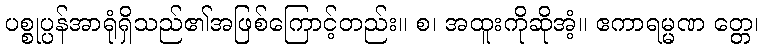
ပစ္စုပ္ပန်အာရုံရှိသည်၏အဖြစ်ကြောင့်တည်း။ စ၊ အထူးကိုဆိုအံ့။ ဧကာရမ္မဏ တ္တေ၊